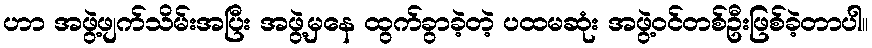
ဟာ အဖွဲ့ဖျက်သိမ်းအပြီး အဖွဲ့မှနေ ထွက်ခွာခဲ့တဲ့ ပထမဆုံး အဖွဲ့ဝင်တစ်ဦးဖြစ်ခဲ့တာပါ။